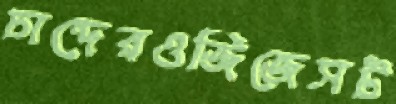
চান্দেরওজিজেসট